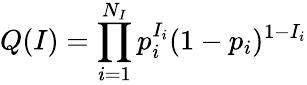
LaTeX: Q(I)=\prod_{i=1}^{N_{I}}p_{i}^{I_{i}}(1-p_{i})^{1-I_{i}}